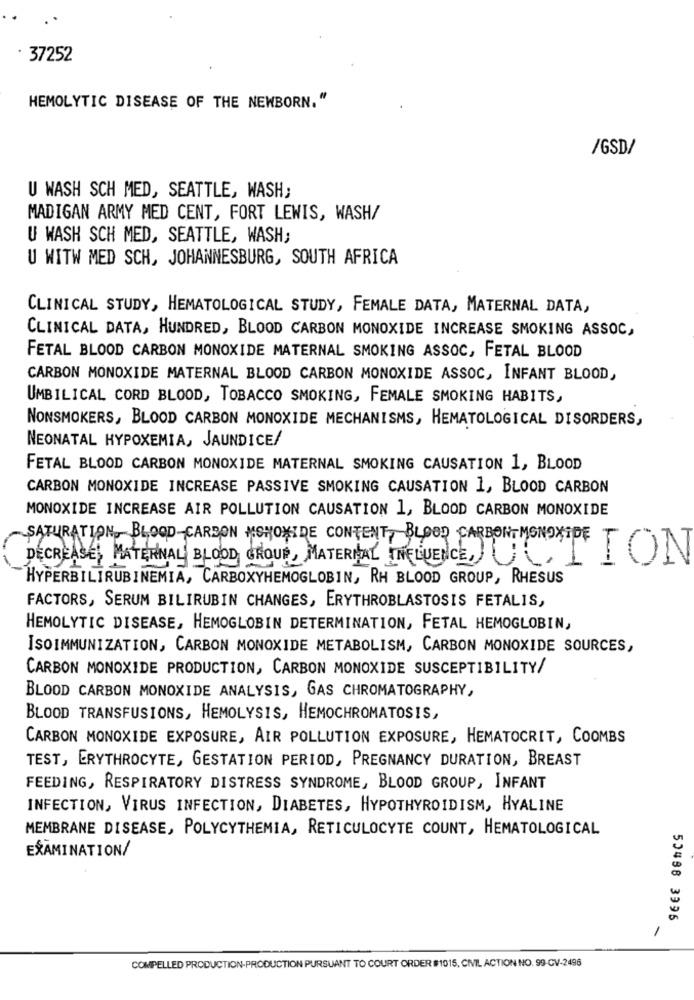
· 37252
HEMOLYTIC DISEASE OF THE NEWBORN. "
/GSD/
U WASH SCH MED, SEATTLE, WASH;
MADIGAN ARMY MED CENT, FORT LEWIS, WASH/
U WASH SCH MED, SEATTLE, WASH;
U WITW MED SCH, JOHANNESBURG, SOUTH AFRICA
CLINICAL STUDY, HEMATOLOGICAL STUDY, FEMALE DATA, MATERNAL DATA,
CLINICAL DATA, HUNDRED, BLOOD CARBON MONOXIDE INCREASE SMOKING ASSOC,
FETAL BLOOD CARBON MONOXIDE MATERNAL SMOKING ASSOC, FETAL BLOOD
CARBON MONOXIDE MATERNAL BLOOD CARBON MONOXIDE ASSOC, INFANT BLOOD,
UMBILICAL CORD BLOOD, TOBACCO SMOKING, FEMALE SMOKING HABITS,
NONSMOKERS, BLOOD CARBON MONOXIDE MECHANISMS, HEMATOLOGICAL DISORDERS,
NEONATAL HYPOXEMIA, JAUNDICE/
FETAL BLOOD CARBON MONOXIDE MATERNAL SMOKING CAUSATION 1, BLOOD
CARBON MONOXIDE INCREASE PASSIVE SMOKING CAUSATION 1, BLOOD CARBON
MONOXIDE INCREASE AIR POLLUTION CAUSATION 1, BLOOD CARBON MONOXIDE
SATURATION BLOOD-CARBON MONOXIDE CONTENT, BLOOD CARBON MONOXIDE TON
DECREASE, MATERNAL BLOOD GROUP, MATERIAL THE VENCEU,
HYPERBILIRUBINEMIA, CARBOXYHEMOGLOBIN, RH BLOOD GROUP, RHESUS
FACTORS, SERUM BILIRUBIN CHANGES, ERYTHROBLASTOSIS FETALIS,
HEMOLYTIC DISEASE, HEMOGLOBIN DETERMINATION, FETAL HEMOGLOBIN,
ISOIMMUNIZATION, CARBON MONOXIDE METABOLISM, CARBON MONOXIDE SOURCES,
CARBON MONOXIDE PRODUCTION, CARBON MONOXIDE SUSCEPTIBILITY/
BLOOD CARBON MONOXIDE ANALYSIS, GAS CHROMATOGRAPHY,
BLOOD TRANSFUSIONS, HEMOLYSIS, HEMOCHROMATOSIS,
CARBON MONOXIDE EXPOSURE, AIR POLLUTION EXPOSURE, HEMATOCRIT, COOMBS
TEST, ERYTHROCYTE, GESTATION PERIOD, PREGNANCY DURATION, BREAST
FEEDING, RESPIRATORY DISTRESS SYNDROME, BLOOD GROUP, INFANT
INFECTION, VIRUS INFECTION, DIABETES, HYPOTHYROIDISM, HYALINE
MEMBRANE DISEASE, POLYCYTHEMIA, RETICULOCYTE COUNT, HEMATOLOGICAL
EXAMINATION/
50488 3995
-
COMPELLED PRODUCTION-PRODUCTION PURSUANT TO COURT ORDER #1015, CIVIL ACTION NO. 99-CV-2496